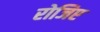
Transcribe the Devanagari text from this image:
रोजिए